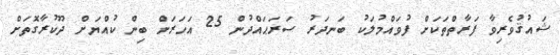
ޝައުޤުވެރިވާ ފަރާތްތަކަށް ފުވައްމުލަކު ބަނދަރު ސަރަޙައްދުން 25 އަހަރަށް ބިން ކުއްޔަށް ދޫކުރާގޮތަށް